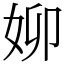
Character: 㚹